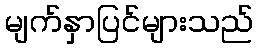
မျက်နှာပြင်များသည်